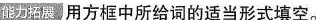
能力拓展 用方框中所给词的适当形式填空.